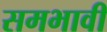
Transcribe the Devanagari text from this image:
समभावी